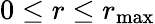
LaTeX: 0\leq r\leq r_{\operatorname*{max}}